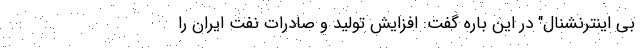
بی اینترنشنال" در این باره گفت: افزایش تولید و صادرات نفت ایران را